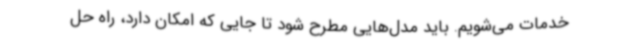
خدمات می‌شویم. باید مدل‌هایی مطرح شود تا جایی که امکان دارد، راه حل